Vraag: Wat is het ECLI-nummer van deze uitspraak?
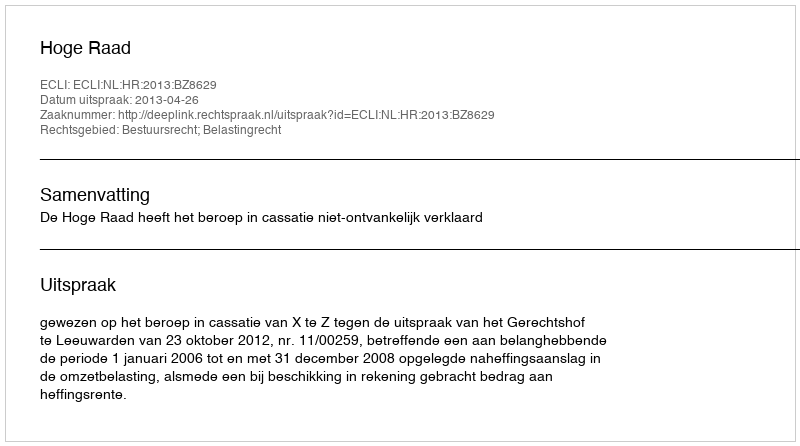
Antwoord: ECLI:NL:HR:2013:BZ8629